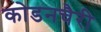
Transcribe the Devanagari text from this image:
कोडनचैरी